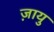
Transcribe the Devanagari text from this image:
ज़ायु